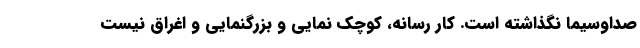
صداوسیما نگذاشته است. کار رسانه، کوچک نمایی و بزرگنمایی و اغراق نیست